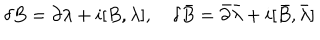
LaTeX: \delta B = \partial \lambda + i [ B , \lambda ] , \delta \bar { B } = \bar { \partial } \bar { \lambda } + i [ \bar { B } , \bar { \lambda } ]